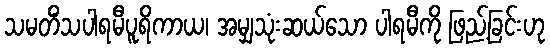
သမတိံသပါရမီပူရိကာယ၊ အမျှသုံးဆယ်သော ပါရမီကို ဖြည့်ခြင်းဟု